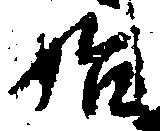
始